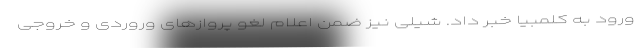
ورود به کلمبیا خبر داد. شیلی نیز ضمن اعلام لغو پروازهای وروردی و خروجی